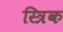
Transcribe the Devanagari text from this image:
स्त्रिक